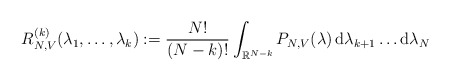
\begin{align*}R_{N,V}^{(k)} (\lambda_1,\ldots, \lambda_k) := \frac{N!}{(N-k)!} \int_{\mathbb R^{N-k}} P_{N,V} (\lambda) \,\mathrm d\lambda_{k+1} \ldots\mathrm d\lambda_N\end{align*}